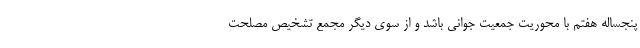
پنجساله هفتم با محوریت جمعیت جوانی باشد و از سوی دیگر مجمع تشخیص مصلحت